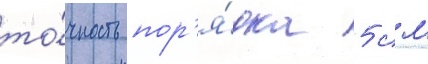
то́чность пор'я́дка 5 см